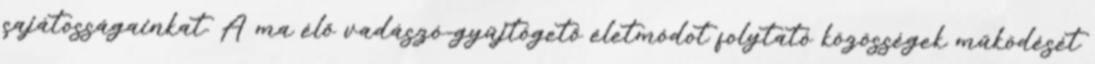
sajátosságainkat. A ma élő vadászó-gyűjtögető életmódot folytató közösségek működését